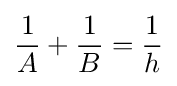
{\frac {1}{A}}+{\frac {1}{B}}={\frac {1}{h}}